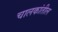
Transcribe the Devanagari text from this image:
चालकांतील